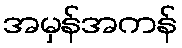
အမှန်အကန်